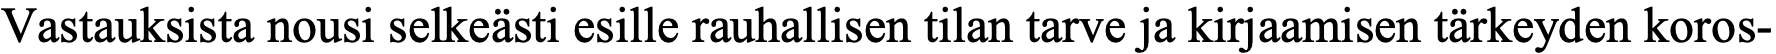
Vastauksista nousi selkeästi esille rauhallisen tilan tarve ja kirjaamisen tärkeyden koros-